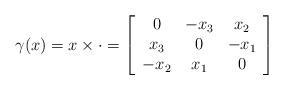
LaTeX: \begin{align*}\gamma(x)=x\times \cdot=\left[ {\begin{array}{ccc}0 & -x_3&x_2\\x_3 & 0&-x_1\\-x_2& x_1 &0\\\end{array} } \right]\end{align*}